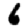
Digit: 6